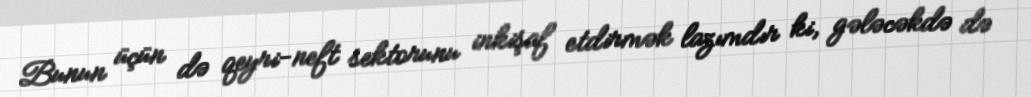
Bunun üçün də qeyri-neft sektorunu inkişaf etdirmək lazımdır ki, gələcəkdə də